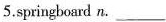
5.springboard n. ___